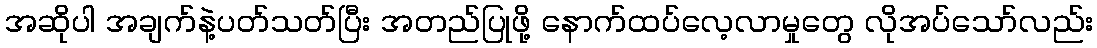
အဆိုပါ အချက်နဲ့ပတ်သတ်ပြီး အတည်ပြုဖို့ နောက်ထပ်လေ့လာမှုတွေ လိုအပ်သော်လည်း